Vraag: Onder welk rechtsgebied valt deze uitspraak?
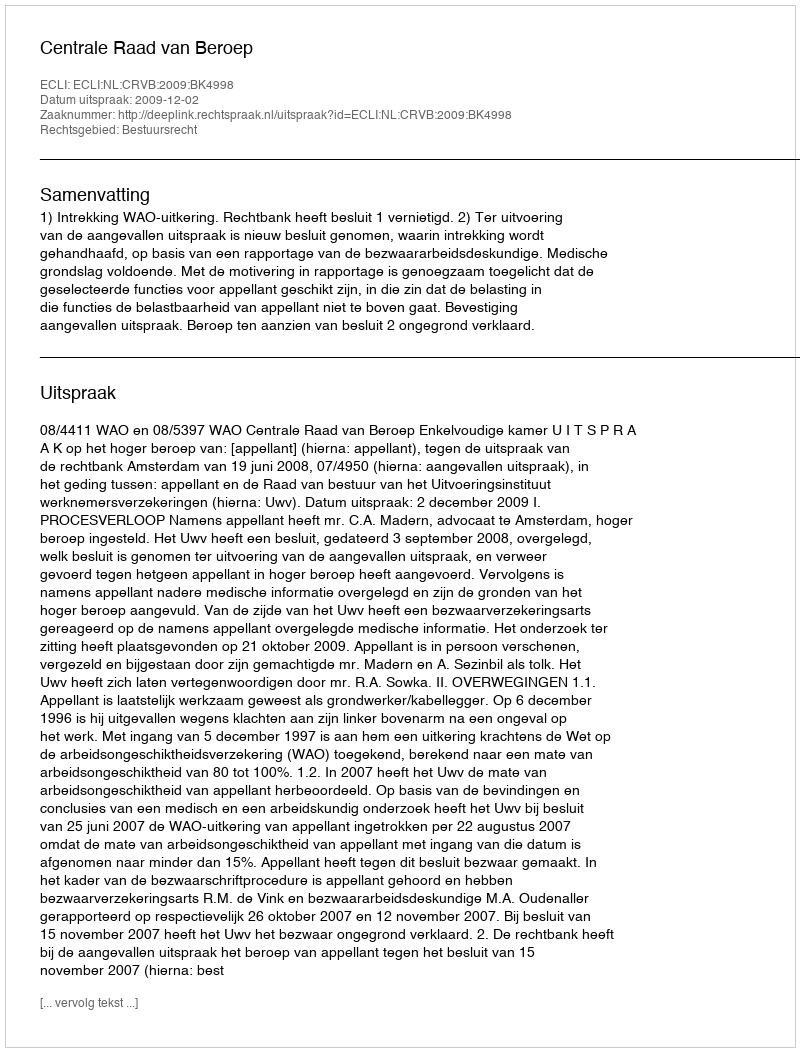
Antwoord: Bestuursrecht